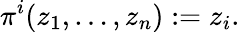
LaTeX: \pi^{i}(z_{1},\dots,z_{n}):=z_{i}.